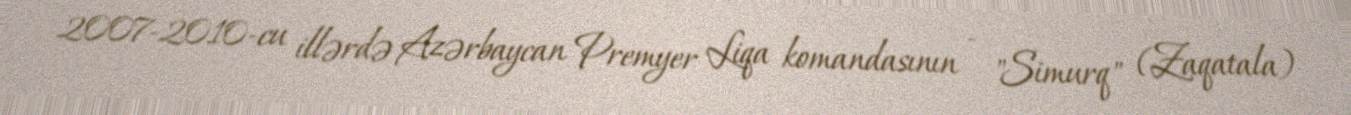
2007-2010-cu illərdə Azərbaycan Premyer Liqa komandasının - "Simurq" (Zaqatala)